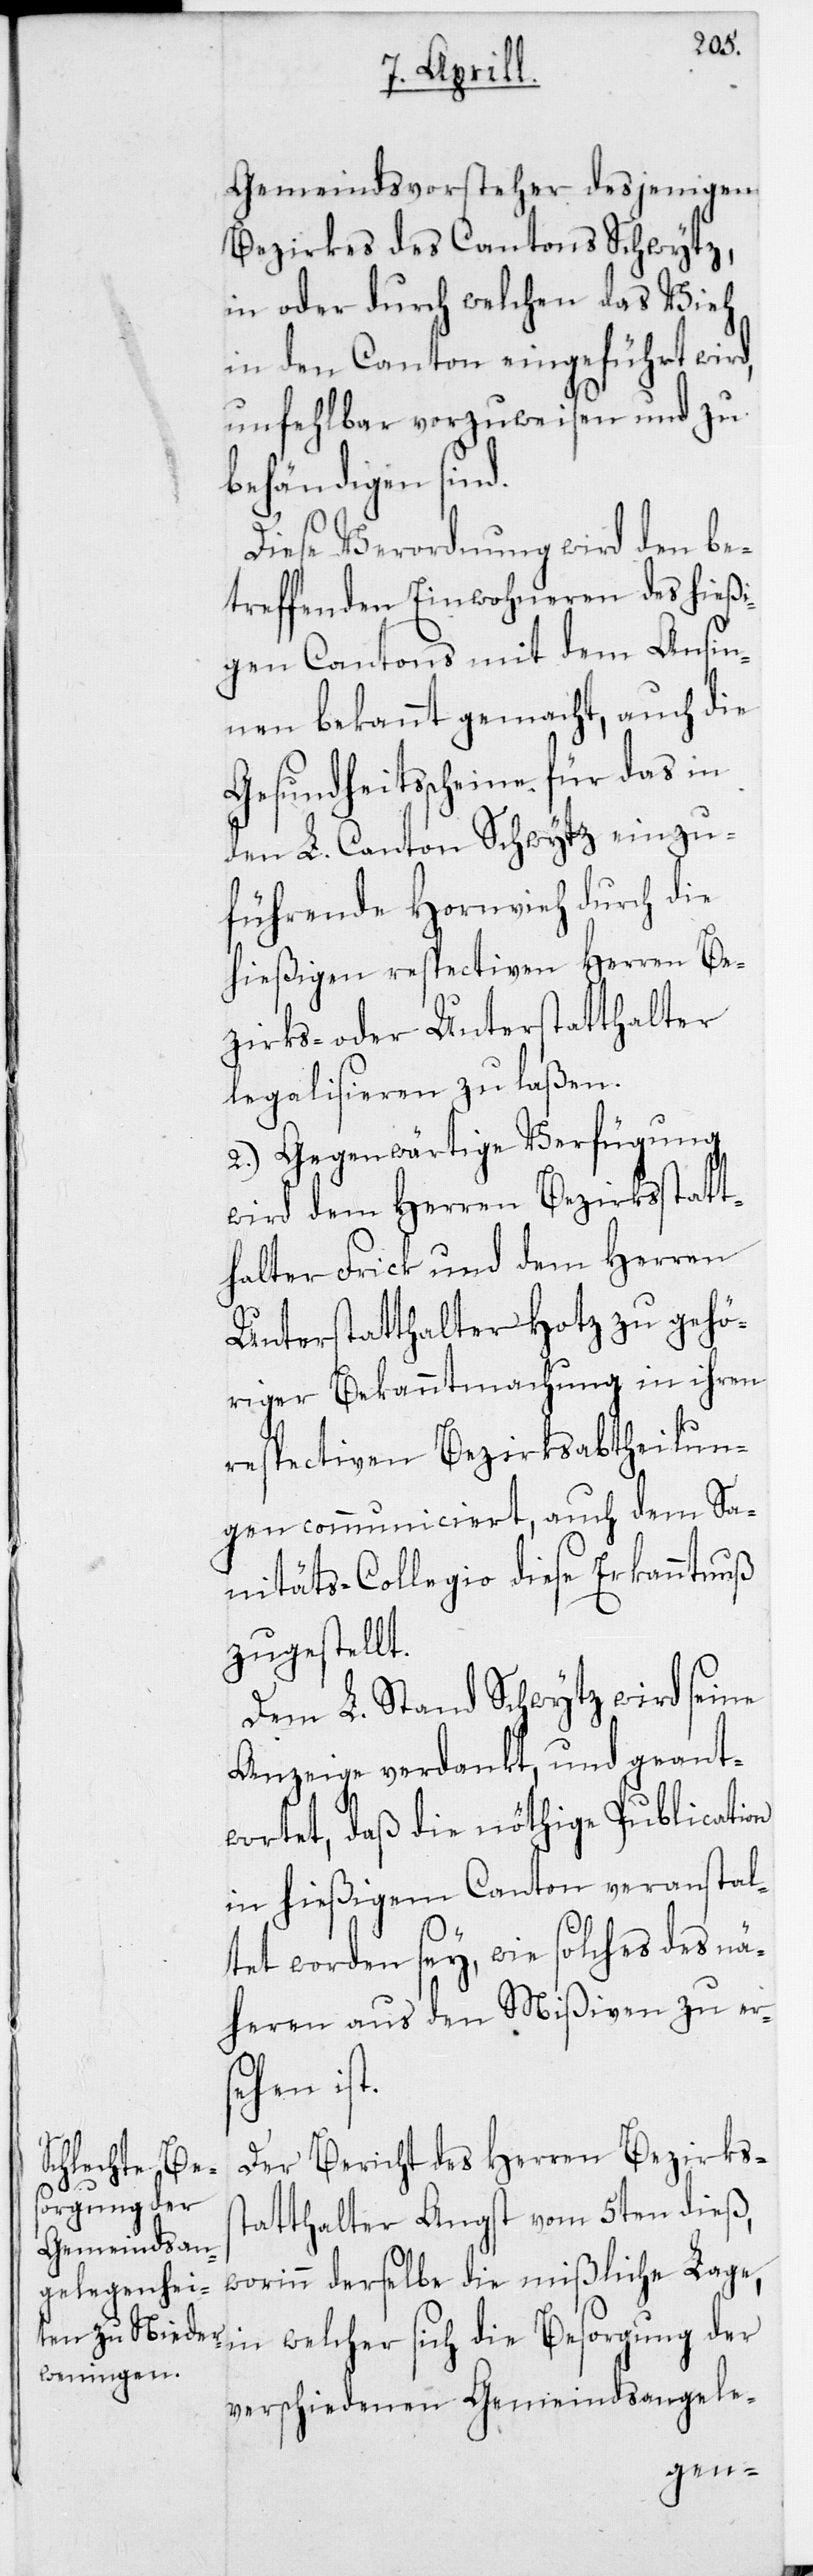
Gemeindsvorsteher desjenigen
Bezirkes des Cantons Schwytz,
in oder durch welchen das Vieh
in den Canton eingeführt wird,
unfehlbar vorzuweisen und zu
behändigen sind.
Diese Verordnung wird den be¬
treffenden Einwohneren des hießi¬
gen Cantons mit dem Ansin¬
nen bekannt gemacht, auch die
Gesundheitsscheine für das in
den L. Canton Schwytz einzu¬
führende Hornvieh durch die
hießigen respectiven Herren Be¬
zirks- oder Unterstatthalter
legalisieren zu laßen.
2. Gegenwärtige Verfügung
wird dem Herren Bezirksstatt¬
halter Frick und dem Herren
Unterstatthalter Hotz zu gehö¬
riger Bekanntmachung in ihren
respectiven Bezirksabtheilun¬
gen communiciert, auch dem Sa¬
nitäts-Collegio diese Erkanntnuß
zugestellt.
Dem L. Stand Schwytz wird seine
Anzeige verdankt, und geant¬
wortet, daß die nöthige Publication
in hießigem Canton veranstal¬
tet worden sey, wie solches des nä¬
heren aus den Mißiven zu ers¬
ehen ist.
Der Bericht des Herren Bezirkss¬
ch die Be¬
sorgung der
tatthalter Angst vom 5ten dieß,
worinn derselbe die mißliche Lage,
verschiedenen Gemeindsangele-